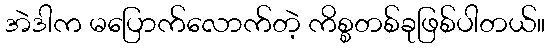
အဲဒါက မပြောက်လောက်တဲ့ ကိစ္စတစ်ခုဖြစ်ပါတယ်။